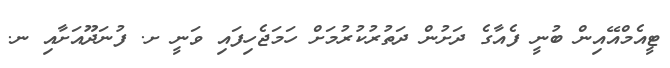
ޓީއެމްއޭއިން ބުނީ ފެއާގެ ދަށުން ދަތުރުކުރުމަށް ހަަމަޖެހިފައި ވަނީ ށ. ފުނަދޫއަށާއި ނ.